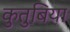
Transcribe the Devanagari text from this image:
कुतुबिया